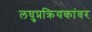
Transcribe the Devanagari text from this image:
लघुप्रक्रियकांवर